Calcutta medical institutions reports 1892-1900
Year: 1892
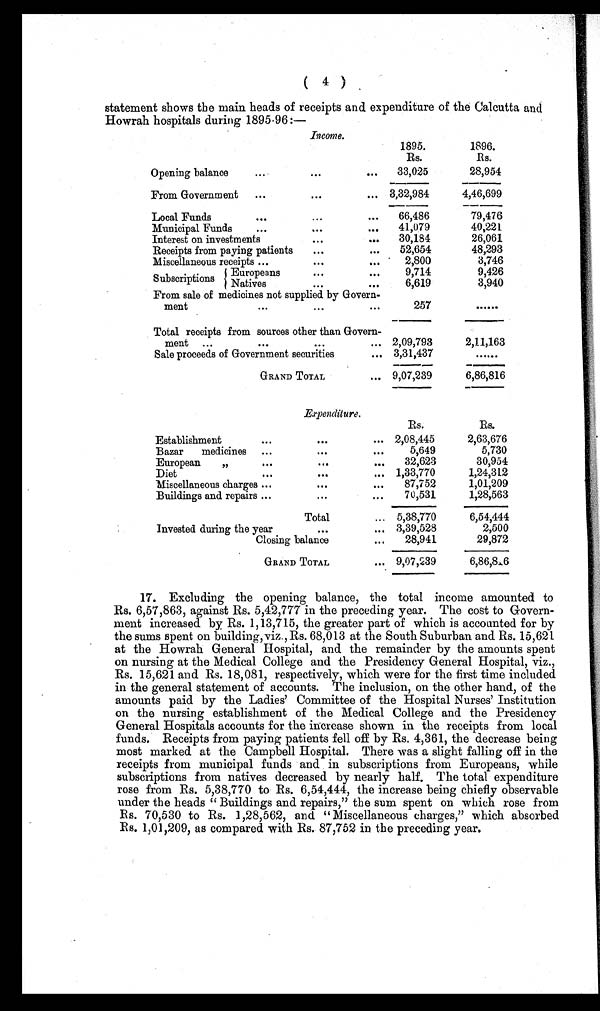
( 4 )
statement shows the main heads of receipts and expenditure of the Calcutta and
Howrah hospitals during 1895-96:—
Income.
1895.
1896.
Rs.
Rs.
Opening balance
. . .
. . .
...
33,025
28,954
From Government
...
. . .
... 3,32,984
4,46,699
Local Funds
. . .
...
...
66,486
79,476
Municipal Funds
...
. . .
...
41,079
40,221
Interest on investments
...
...
30,184
26,061
Receipts from paying patients
...
...
52,654
48,293
Miscellaneous receipts ...
. . .
...
2,800
3,746
Subscriptions
Europeans
. . .
...
9,714
9,426
Native
. . .
...
6 , 6 1 9
3,940
From sale of medicines not supplied by Govern-
ment
. . .
. . .
. . .
257
......
Total receipts from sources other than Govern-
ment ...
. . .
. . .
... 2,09,793
2,11,163
Sale proceeds of Government securities
. . . 3,31,437
. . . . . .
GRAND TOTAL
... 9,07,239
6,86,816
Expenditure.
Rs.
Rs.
Establishment
...
. . .
... 2,08,445
2,63,676
Bazar medicines
...
. . .
...
5,649
5,730
European „
0 . . .
. . .
...
32,623
30,954
Diet
...
. . .
...
1,33,770
1,24,312
Miscellaneous charges ...
...
...
87,752
1,01,209
Buildings and repairs ...
. . .
...
70,531
1,28,563
Total
... 5,38,770
6,54,444
Invested during the year
. . .
... 3,39,528
2,500
Closing balance
...
28,941
29,872
GRAND TOTAL
... 9,07,239
6,86,816
17. Excluding the opening balance, the total income amounted to
Rs. 6,57,863, against Rs. 5,42,777 in the preceding year. The cost to Govern-
ment increased by Rs. 1,13,715, the greater part of which is accounted for by
the sums spent on building, viz., Rs. 68,013 at the South Suburban and Rs. 15,621
at the Howrah General Hospital, and the remainder by the amounts spent
on nursing at the Medical College and the Presidency General Hospital, viz.,
Rs. 15,621 and Rs. 18,081, respectively, which were for the first time included
in the general statement of accounts. The inclusion, on the other hand, of the
amounts paid by the Ladies' Committee of the Hospital Nurses' Institution
on the nursing establishment of the Medical College and the Presidency
General Hospitals accounts for the increase shown in the receipts from local
funds. Receipts from paying patients fell off by Rs. 4,361, the decrease being
most marked at the Campbell Hospital. There was a slight falling off in the
receipts from municipal funds and in subscriptions from Europeans, while
subscriptions from natives decreased by nearly half. The total expenditure
rose from Rs. 5,38,770 to Rs. 6,54,444, the increase being chiefly observable
under the heads " Buildings and repairs," the sum spent on which rose from
Rs. 70,530 to Rs. 1,28,562, and "Miscellaneous charges," which absorbed
Rs. 1,01,209, as compared with Rs. 87,752 in the preceding year.